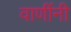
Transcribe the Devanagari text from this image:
वाणींनी